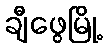
ချီဖွေမြို့